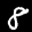
Label: 8